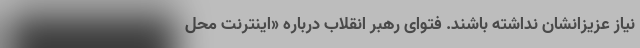
نیاز عزیزانشان نداشته باشند. فتوای رهبر انقلاب درباره «اینترنت محل